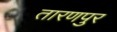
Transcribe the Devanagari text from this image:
तारणपुर